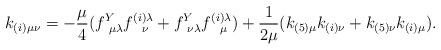
LaTeX: \begin{align*}k_{(i)\mu\nu} = -{\mu\over 4}(f^Y_{~\mu\lambda}f^{(i)\lambda}_{~~\nu} +f^Y_{~\nu\lambda}f^{(i)\lambda}_{~~\mu})+{1\over 2\mu}(k_{(5)\mu}k_{(i)\nu} +k_{(5)\nu}k_{(i)\mu}).\end{align*}